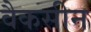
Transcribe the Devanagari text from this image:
वैकसीन